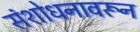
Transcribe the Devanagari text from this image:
संशोधनावरून